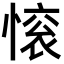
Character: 𢟦